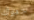
جدولك